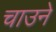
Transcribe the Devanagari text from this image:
चाउने